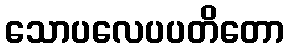
သောပလေပပတိတော